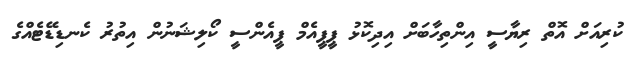
ކުރިއަށް އޮތް ރިޔާސީ އިންތިހާބަށް އިދިކޮޅު ޕީޕީއެމް ޕީއެންސީ ކޯލިޝަނުން އިތުރު ކެނޑިޑޭޓެއްގެ